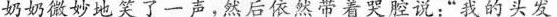
奶奶微妙地笑了一声，然后依然带着哭腔说:“我的头发